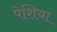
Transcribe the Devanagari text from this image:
पेशिया